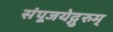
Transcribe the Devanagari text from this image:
संपूजयेद्गुरुम्